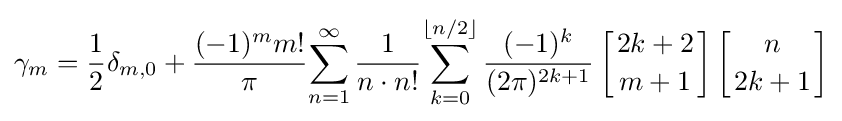
\gamma _{m}={\frac {1}{2}}\delta _{m,0}+{\frac {(-1)^{m}m!}{\pi }}\!\sum _{n=1}^{\infty }{\frac {1}{n\cdot n!}}\!\sum _{k=0}^{\lfloor n/2\rfloor }{\frac {(-1)^{k}}{(2\pi )^{2k+1}}}\left[{2k+2 \atop m+1}\right]\left[{n \atop 2k+1}\right]